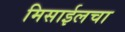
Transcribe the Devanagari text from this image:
मिसाईलचा